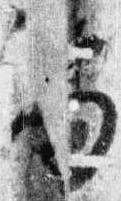
笏